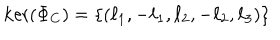
\mathrm { k e r } ( \Phi _ { C } ) = \left\{ \left( \ell _ { 1 } , - \ell _ { 1 } , \ell _ { 2 } , - \ell _ { 2 } , \ell _ { 3 } \right) \right\}